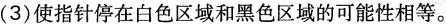
(3) 使指针停在白色区域和黑色区域的可能性相等。